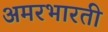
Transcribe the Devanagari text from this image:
अमरभारती